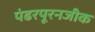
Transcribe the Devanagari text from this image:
पंढरपूरनजीक